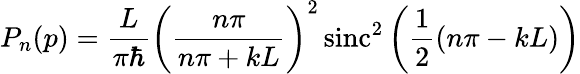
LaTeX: P_{n}(p)={\frac{L}{\pi\hbar}}\left({\frac{n\pi}{n\pi+kL}}\right)^{2}\, {\textrm{sinc}}^{2}\left({\frac{1}{2}}(n\pi-kL)\right)